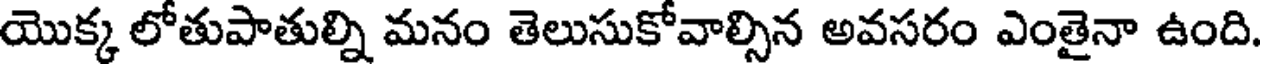
యొక్క లోతుపాతుల్ని మనం తెలుసుకోవాల్సిన అవసరం ఎంతైనా ఉంది